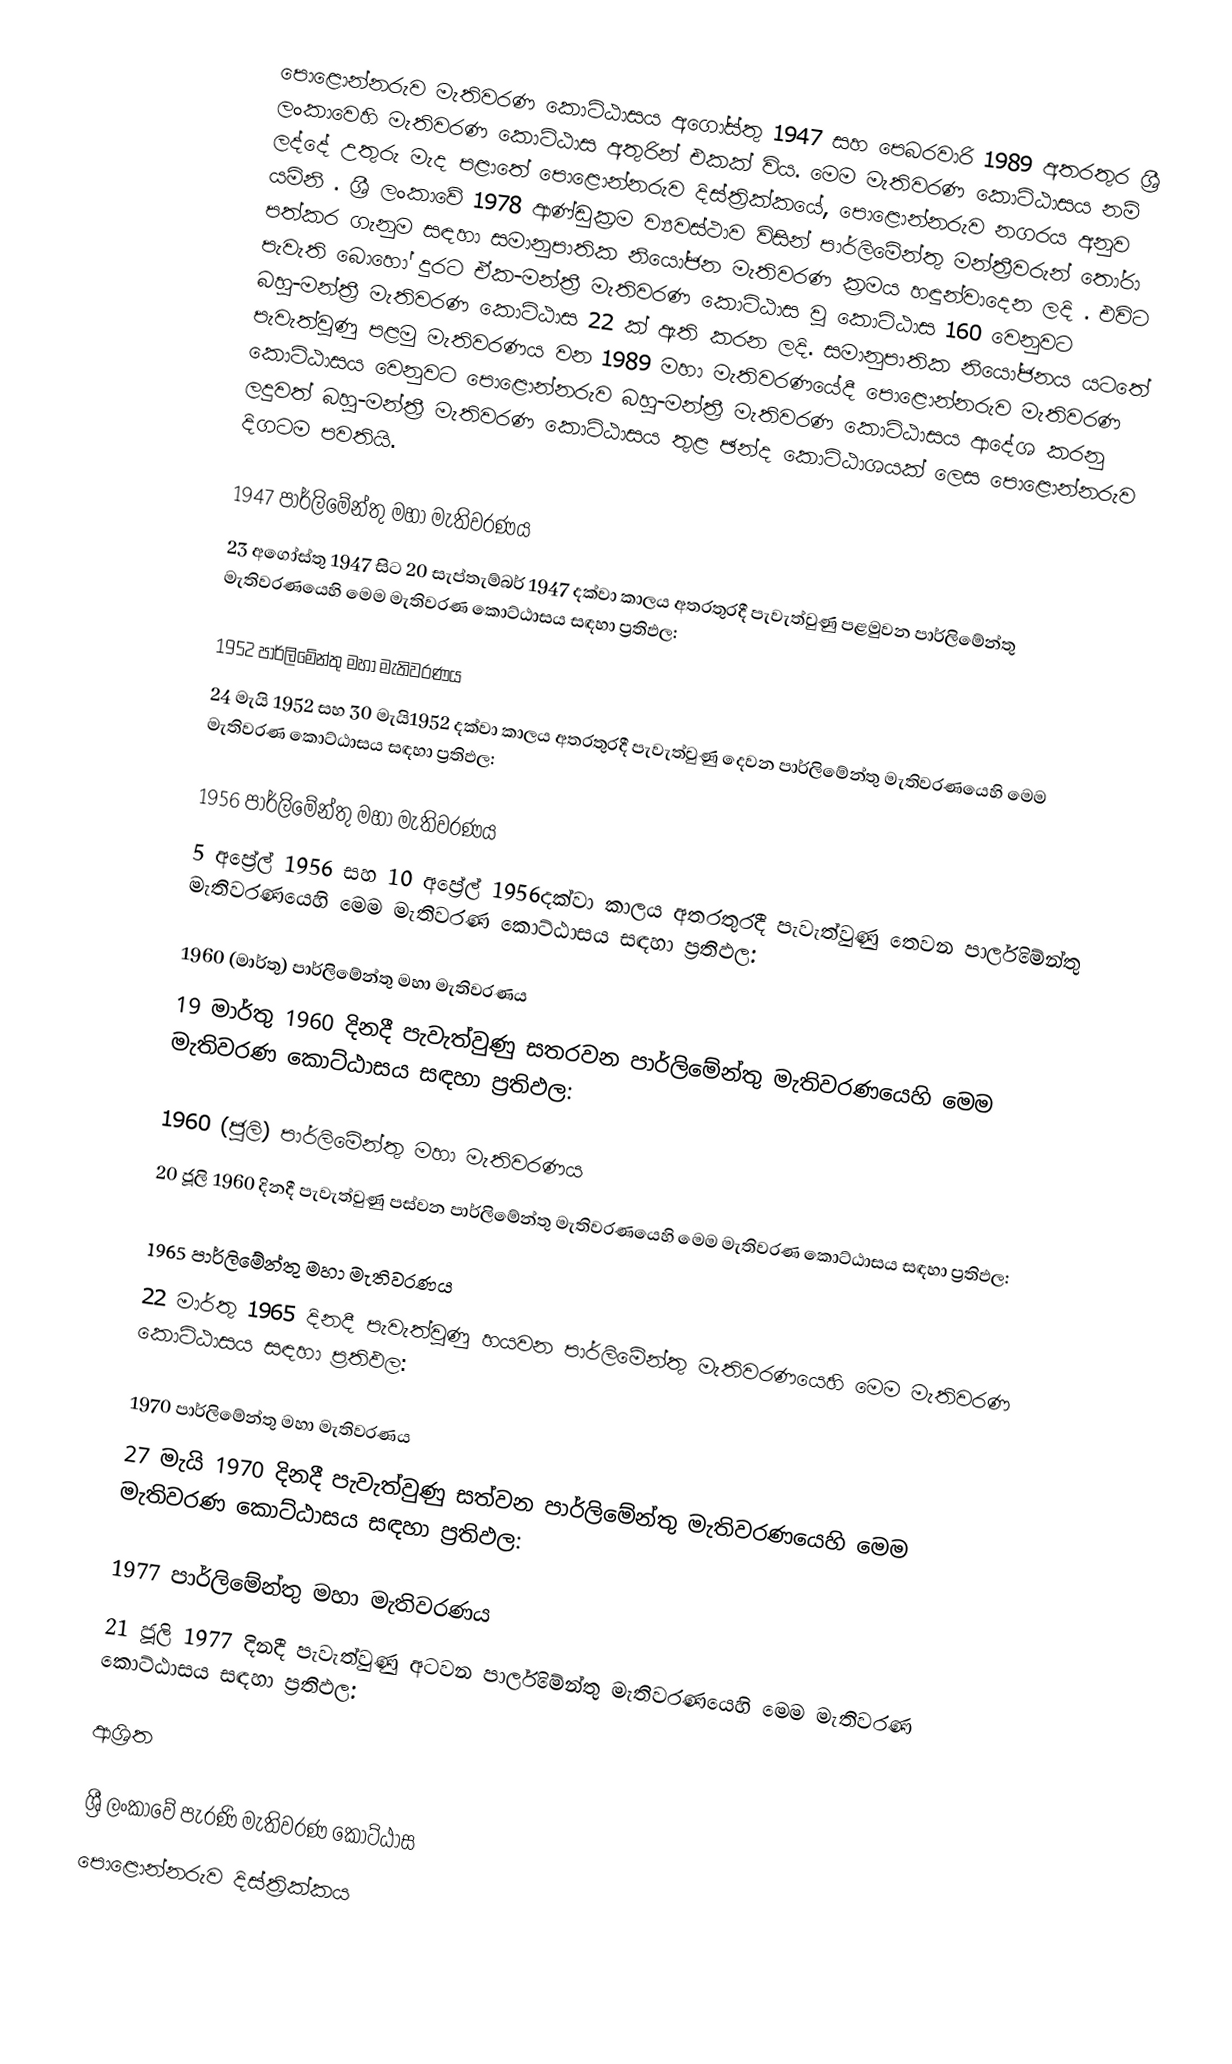
පොළොන්නරුව මැතිවරණ කොට්ඨාසය  අගෝස්තු 1947 සහ පෙබරවාරි 1989 අතරතුර  ශ්‍රී ලංකාවෙහි  මැතිවරණ කොට්ඨාස අතුරින් එකක් විය. මෙම මැතිවරණ කොට්ඨාසය නම් ලද්දේ  උතුරු මැද පළාතේ  පොළොන්නරුව දිස්ත්‍රික්කයේ,  පොළොන්නරුව නගරය අනුව යමිනි . ශ්‍රී ලංකාවේ 1978 ආණ්ඩුක්‍රම ව්‍යවස්ථාව විසින්   පාර්ලිමේන්තු මන්ත්‍රීවරුන් තෝරා පත්කර ගැනුම සඳහා සමානුපාතික නියෝජන මැතිවරණ ක්‍රමය හඳුන්වාදෙන ලදි . එවිට පැවැති බොහෝ දුරට  ඒක-මන්ත්‍රී මැතිවරණ කොට්ඨාස වූ කොට්ඨාස 160 වෙනුවට බහු-මන්ත්‍රී මැතිවරණ කොට්ඨාස 22 ක් ඇති කරන ලදි. සමානුපාතික නියෝජනය යටතේ පැවැත්වුණු පළමු මැතිවරණය වන 1989 මහා මැතිවරණයේදී  පොළොන්නරුව මැතිවරණ කොට්ඨාසය වෙනුවට  පොළොන්නරුව බහු-මන්ත්‍රී මැතිවරණ කොට්ඨාසය  ආදේශ කරනු ලදුවත් බහු-මන්ත්‍රී මැතිවරණ කොට්ඨාසය තුළ ඡන්ද කොට්ඨාශයක් ලෙස පොළොන්නරුව දිගටම පවතියි.

1947 පාර්ලිමේන්තු මහා මැතිවරණය
23 අගෝස්තු 1947 සිට 20 සැප්තැම්බර් 1947 දක්වා කාලය අතරතුරදී පැවැත්වුණු  පළමුවන පාර්ලිමේන්තු මැතිවරණයෙහි මෙම මැතිවරණ කොට්ඨාසය සඳහා ප්‍රතිඵල:

1952 පාර්ලිමේන්තු මහා මැතිවරණය
24 මැයි 1952 සහ 30 මැයි1952 දක්වා කාලය අතරතුරදී පැවැත්වුණු  දෙවන පාර්ලිමේන්තු මැතිවරණයෙහි මෙම මැතිවරණ කොට්ඨාසය සඳහා ප්‍රතිඵල:

1956 පාර්ලිමේන්තු මහා මැතිවරණය
5 අප්‍රේල් 1956 සහ 10 අප්‍රේල් 1956දක්වා කාලය අතරතුරදී පැවැත්වුණු  තෙවන පාර්ලිමේන්තු මැතිවරණයෙහි මෙම මැතිවරණ කොට්ඨාසය සඳහා ප්‍රතිඵල:

1960 (මාර්තු) පාර්ලිමේන්තු මහා මැතිවරණය
19 මාර්තු 1960 දිනදී පැවැත්වුණු  සතරවන පාර්ලිමේන්තු මැතිවරණයෙහි මෙම මැතිවරණ කොට්ඨාසය සඳහා ප්‍රතිඵල:

1960 (ජූලි) පාර්ලිමේන්තු මහා මැතිවරණය
20 ජූලි 1960 දිනදී පැවැත්වුණු  පස්වන පාර්ලිමේන්තු මැතිවරණයෙහි මෙම මැතිවරණ කොට්ඨාසය සඳහා ප්‍රතිඵල:

1965 පාර්ලිමේන්තු මහා මැතිවරණය
22 මාර්තු 1965  දිනදී පැවැත්වුණු  හයවන පාර්ලිමේන්තු මැතිවරණයෙහි මෙම මැතිවරණ කොට්ඨාසය සඳහා ප්‍රතිඵල:

1970 පාර්ලිමේන්තු මහා මැතිවරණය
27 මැයි 1970 දිනදී පැවැත්වුණු  සත්වන පාර්ලිමේන්තු මැතිවරණයෙහි මෙම මැතිවරණ කොට්ඨාසය සඳහා ප්‍රතිඵල:

1977 පාර්ලිමේන්තු මහා මැතිවරණය
21 ජූලි 1977 දිනදී පැවැත්වුණු  අටවන පාර්ලිමේන්තු මැතිවරණයෙහි මෙම මැතිවරණ කොට්ඨාසය සඳහා ප්‍රතිඵල:

ආශ්‍රිත

ශ්‍රී ලංකාවේ පැරණි මැතිවරණ කොට්ඨාස
 පොළොන්නරුව දිස්ත්‍රික්කය